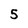
Character: 5